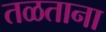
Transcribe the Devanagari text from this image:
तळताना